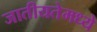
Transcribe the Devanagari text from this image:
जातीयतेमध्ये